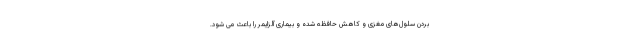
بردن سلول‌های مغزی و کاهش حافظه شده و بیماری آلزایمر را باعث می شود.